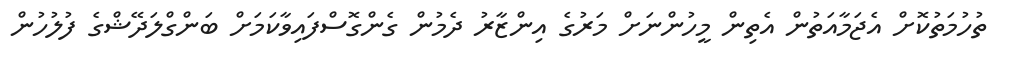
ތުހުމަތުކޮށް އެޖަމާއަތުން އެތިން މީހުންނަށް މަރުގެ އިންޒާރު ދެމުން ގެންގޮސްފައިވާކަމަށް ބަންގްލަދޭޝްގެ ފުލުހުން